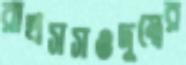
রাখসসওদুম্বের